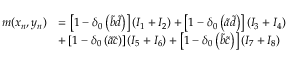
\begin{array} { r l } { m ( x _ { n } , y _ { n } ) } & { = \left[ 1 - \delta _ { 0 } \left( \tilde { b } \tilde { d } \right) \right] \left( I _ { 1 } + I _ { 2 } \right) + \left[ 1 - \delta _ { 0 } \left( \tilde { a } \tilde { d } \right) \right] \left( I _ { 3 } + I _ { 4 } \right) } \\ & { + \left[ 1 - \delta _ { 0 } \left( \tilde { a } \tilde { c } \right) \right] \left( I _ { 5 } + I _ { 6 } \right) + \left[ 1 - \delta _ { 0 } \left( \tilde { b } \tilde { c } \right) \right] \left( I _ { 7 } + I _ { 8 } \right) } \end{array}